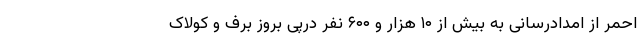
احمر از امدادرسانی به بیش از ۱۰ هزار و ۶۰۰ نفر درپی بروز برف و کولاک